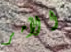
الأمر